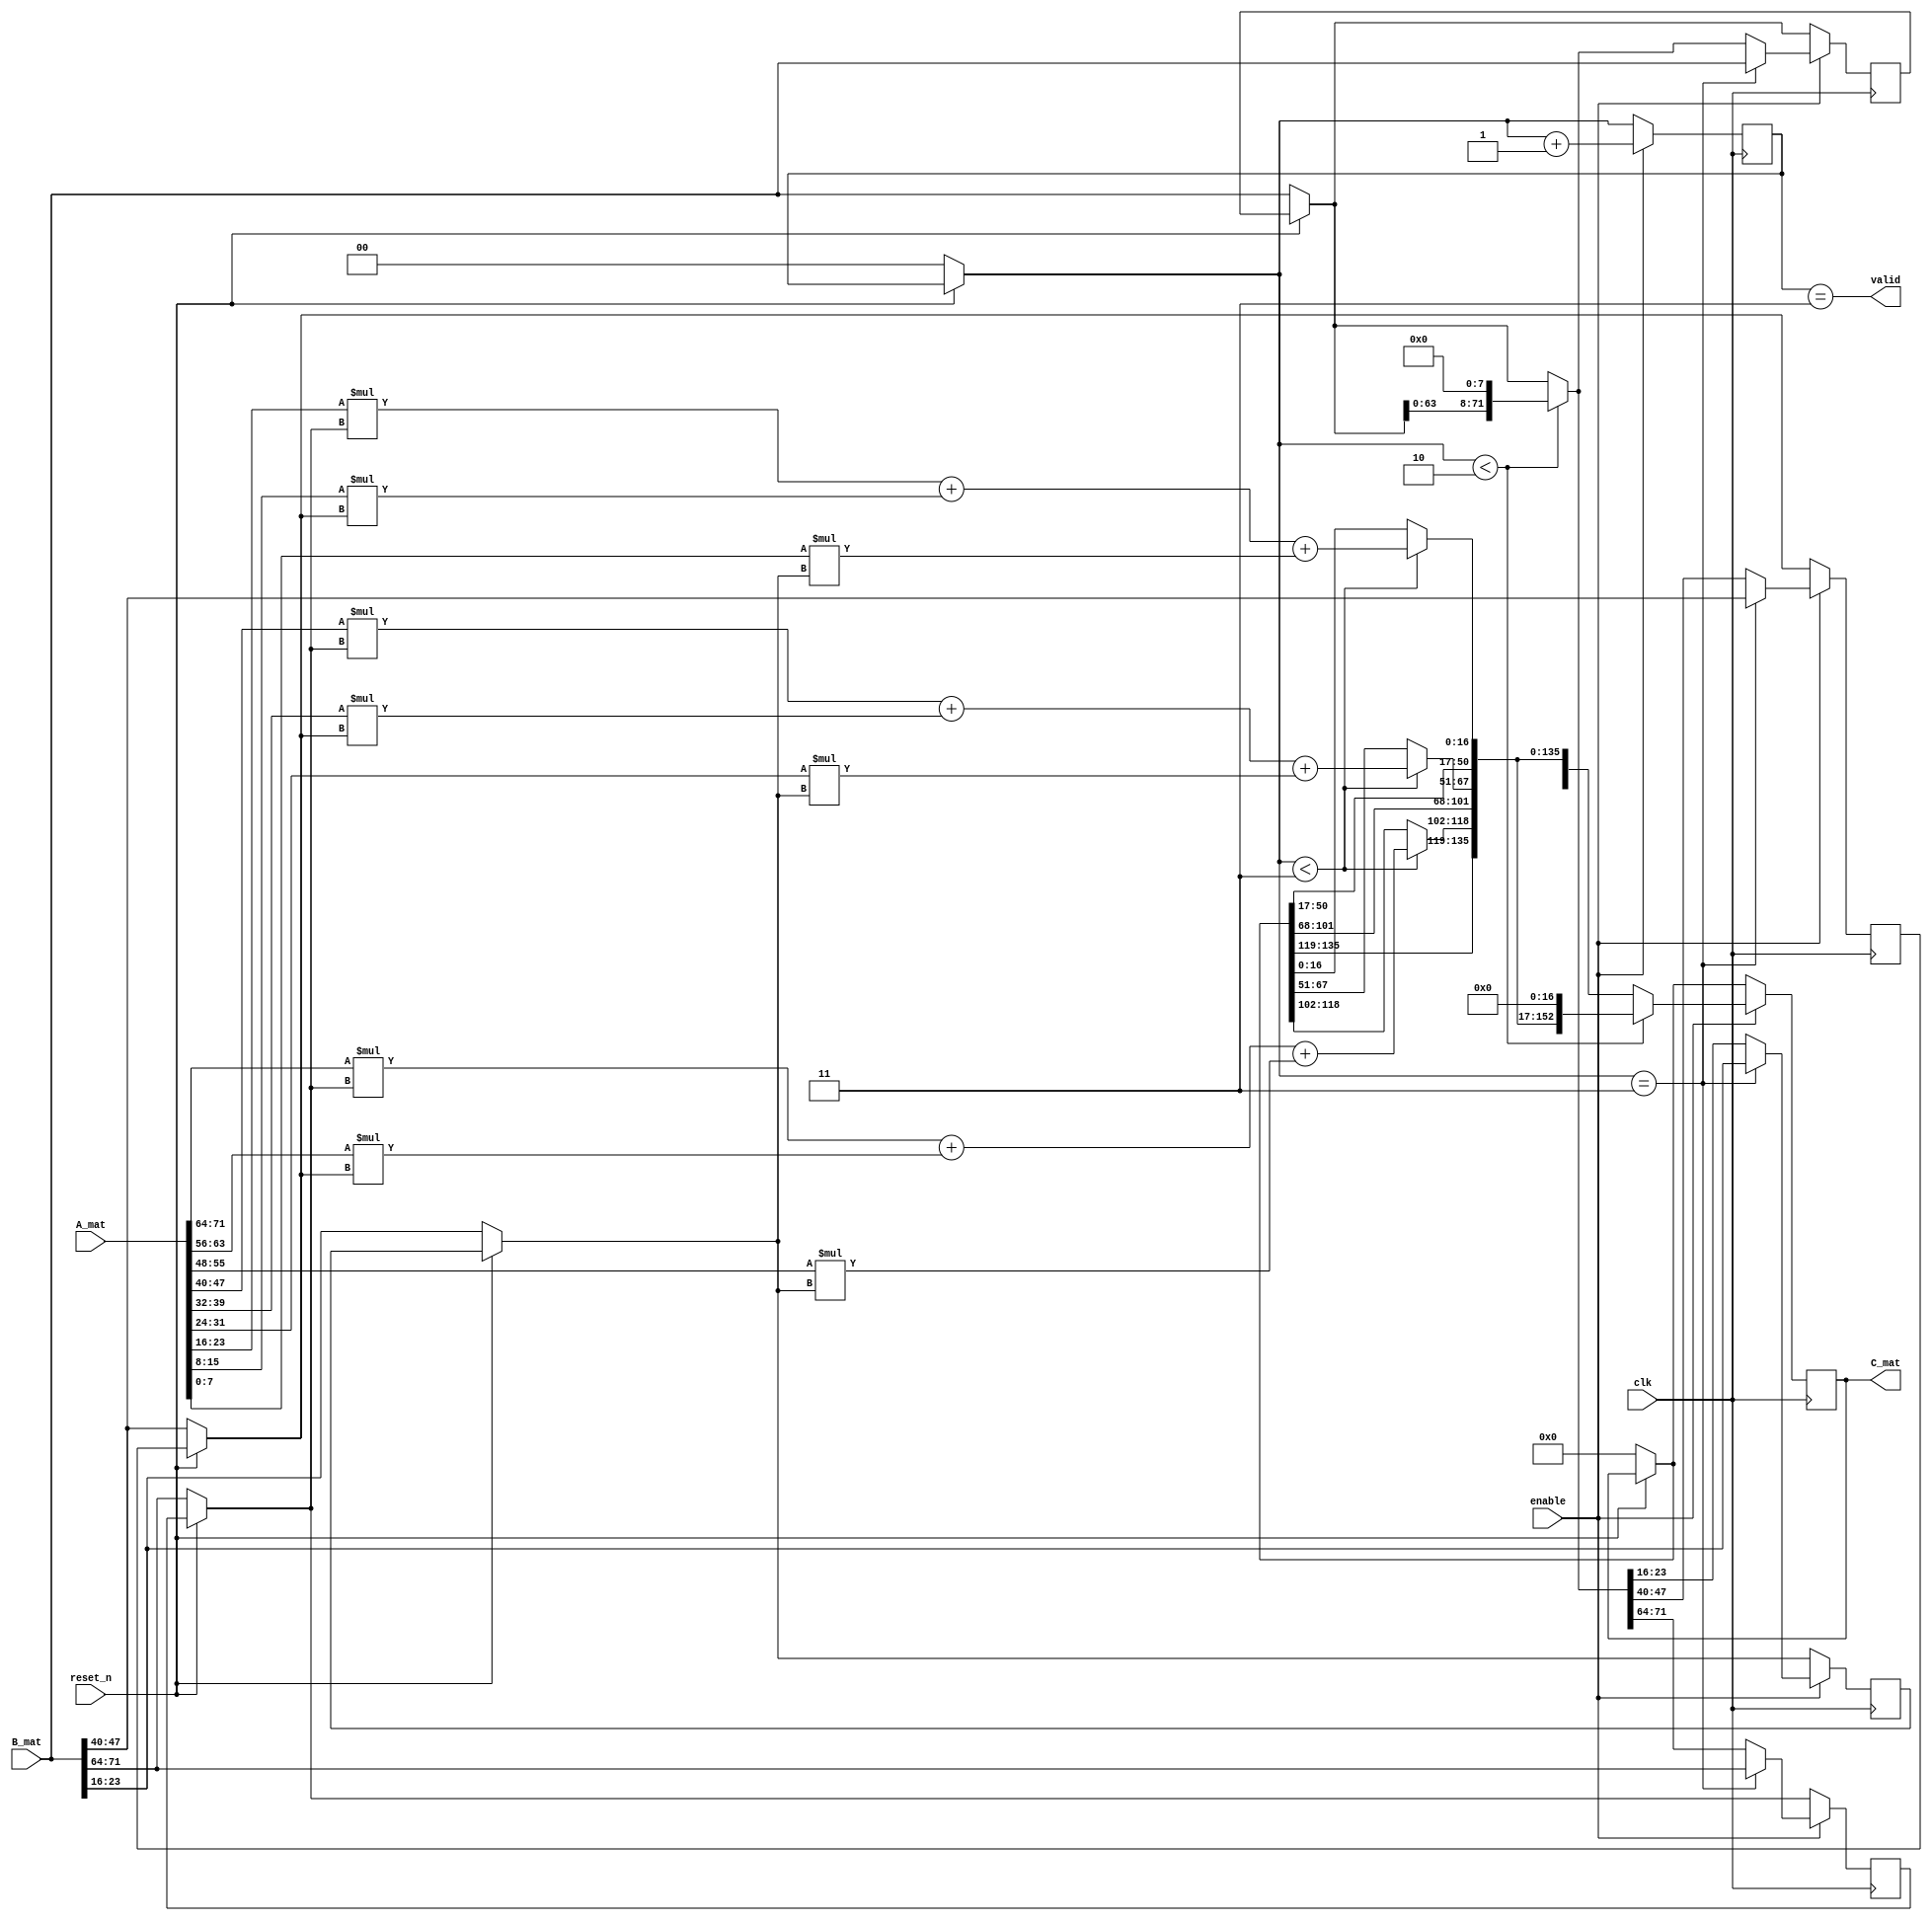
module mmult(
  input  clk,// Clock signal.
  input  reset_n,// Reset signal (negative logic).
  input  enable,// Activation signal for matrix
  input  [0:9*8-1] A_mat,// multiplication (tells the circuit // that A and B are ready for use). // A matrix.
  input  [0:9*8-1] B_mat,// B matrix.
  output valid,// Signals that the output is valid // to read.
  output reg [0:9*17-1] C_mat
   );// The result of A x B.

    wire [0:71] A_mat;
    wire [0:71] B_mat;
    
    reg [0:7] a;
    reg [0:7] b;
    reg [0:7] c;
    reg [0:71] temp;
    integer i,j,k;
    reg [0:1] count = 2'b00;
    assign valid = ( count == 3 );
    //assign valid = 1;
    always@ (posedge clk)begin
        if(!reset_n)begin
            count = 0;
            temp = B_mat;
            a = temp[0:7];
            b = temp[24:31];
            c = temp[48:55];
            C_mat = 0;
        end
        
        if(enable) begin
            count <= count + 1;
            if(count < 3 ) begin
                C_mat[34:50] = A_mat[0:7]*a + A_mat[8:15]*b + A_mat[16:23]*c;
                C_mat[85:101] = A_mat[24:31]*a + A_mat[32:39]*b + A_mat[40:47]*c;
                C_mat[136:152] = A_mat[48:55]*a + A_mat[56:63]*b + A_mat[64:71]*c;
            end
            if(count < 2 ) begin
                temp = temp << 8;
                C_mat = C_mat << 17;
            end
            a = temp[0:7];
            b = temp[24:31];
            c = temp[48:55];
            if(count == 3)begin
                temp = B_mat;
                a = temp[0:7];
                b = temp[24:31];
                c = temp[48:55];
            end
            
        end
    end
endmodule